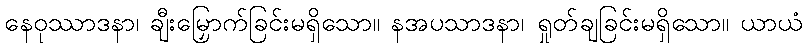
နေဝုဿာဒနာ၊ ချီးမြှောက်ခြင်းမရှိသော။ နအပသာဒနာ၊ ရှုတ်ချခြင်းမရှိသော။ ယာယံ